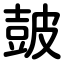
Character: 皷